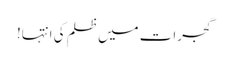
گجرات میں ظلم کی انتہا!